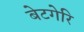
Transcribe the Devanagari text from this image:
बेटगेरि